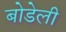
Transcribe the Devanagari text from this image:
बोडेली